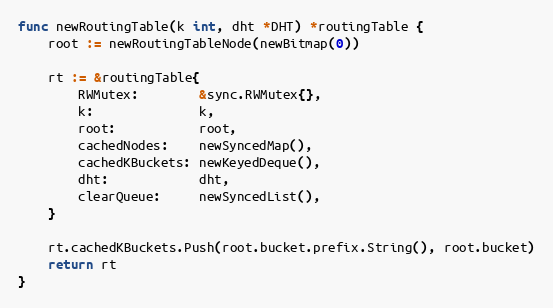
Language: Go
func newRoutingTable(k int, dht *DHT) *routingTable {
	root := newRoutingTableNode(newBitmap(0))

	rt := &routingTable{
		RWMutex:        &sync.RWMutex{},
		k:              k,
		root:           root,
		cachedNodes:    newSyncedMap(),
		cachedKBuckets: newKeyedDeque(),
		dht:            dht,
		clearQueue:     newSyncedList(),
	}

	rt.cachedKBuckets.Push(root.bucket.prefix.String(), root.bucket)
	return rt
}